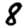
Digit: 8